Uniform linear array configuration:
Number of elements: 8
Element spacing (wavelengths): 1
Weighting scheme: hann
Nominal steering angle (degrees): -15
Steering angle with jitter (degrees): -16.172
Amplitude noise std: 0.05
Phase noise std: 0.05

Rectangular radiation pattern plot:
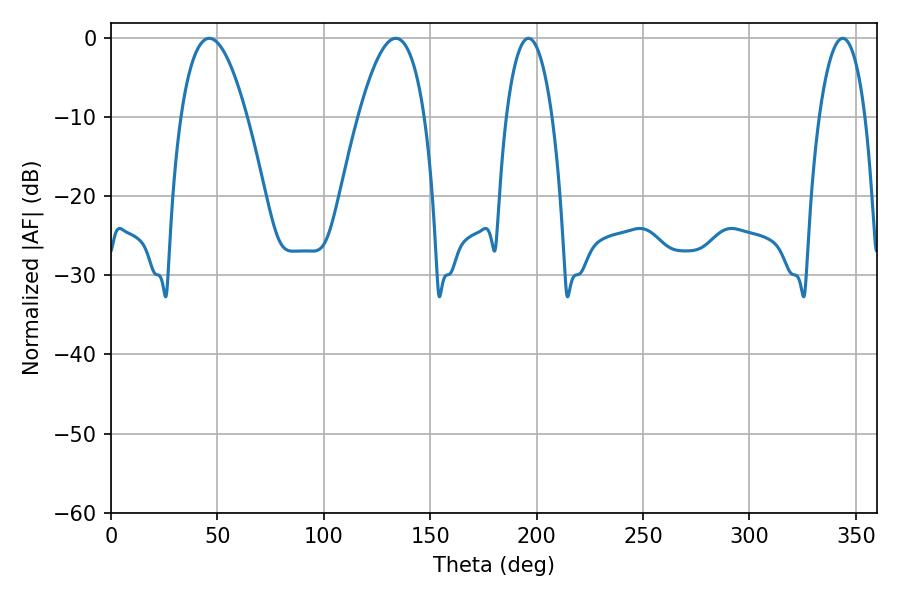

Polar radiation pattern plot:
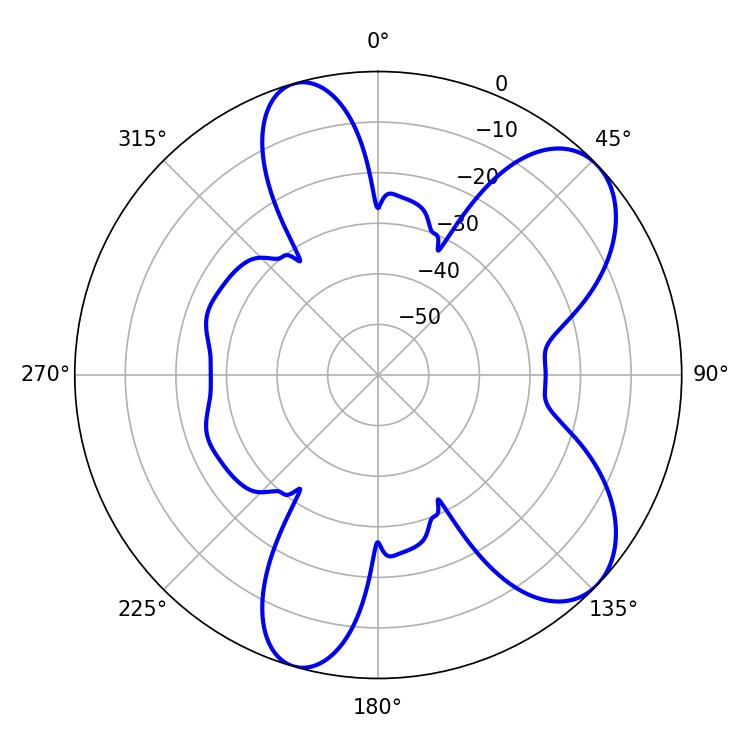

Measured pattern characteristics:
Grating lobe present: TRUE
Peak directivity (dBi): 7.692
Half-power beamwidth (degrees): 12.06
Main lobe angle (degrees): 196.2